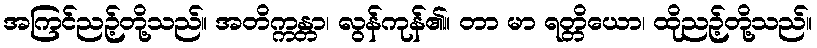
အကြင်ညဉ့်တို့သည်။ အတိက္ကန္တာ၊ လွန်ကုန်၏။ တာ မာ ရတ္တိယော၊ ထိုညဉ့်တို့သည်။